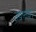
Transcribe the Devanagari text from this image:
उपनय।